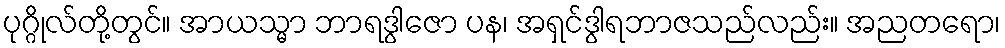
ပုဂ္ဂိုလ်တို့တွင်။ အာယသ္မာ ဘာရဒွါဇော ပန၊ အရှင်ဒွါရဘာဇသည်လည်း။ အညတရော၊